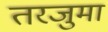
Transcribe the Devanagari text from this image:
तरजुमा